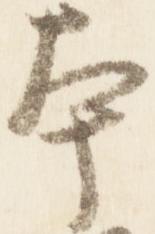
本